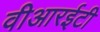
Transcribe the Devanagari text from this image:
वीआरईटी